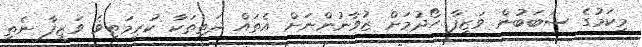
މިކަމުގެ ސަބަބުން ވަޒީފާ ހޯދުމަށް ޒުވާނުންނަށް އެތައް ދަތިތަކާ ކުރިމަތިވެ ވަޒީފާ ނެތި